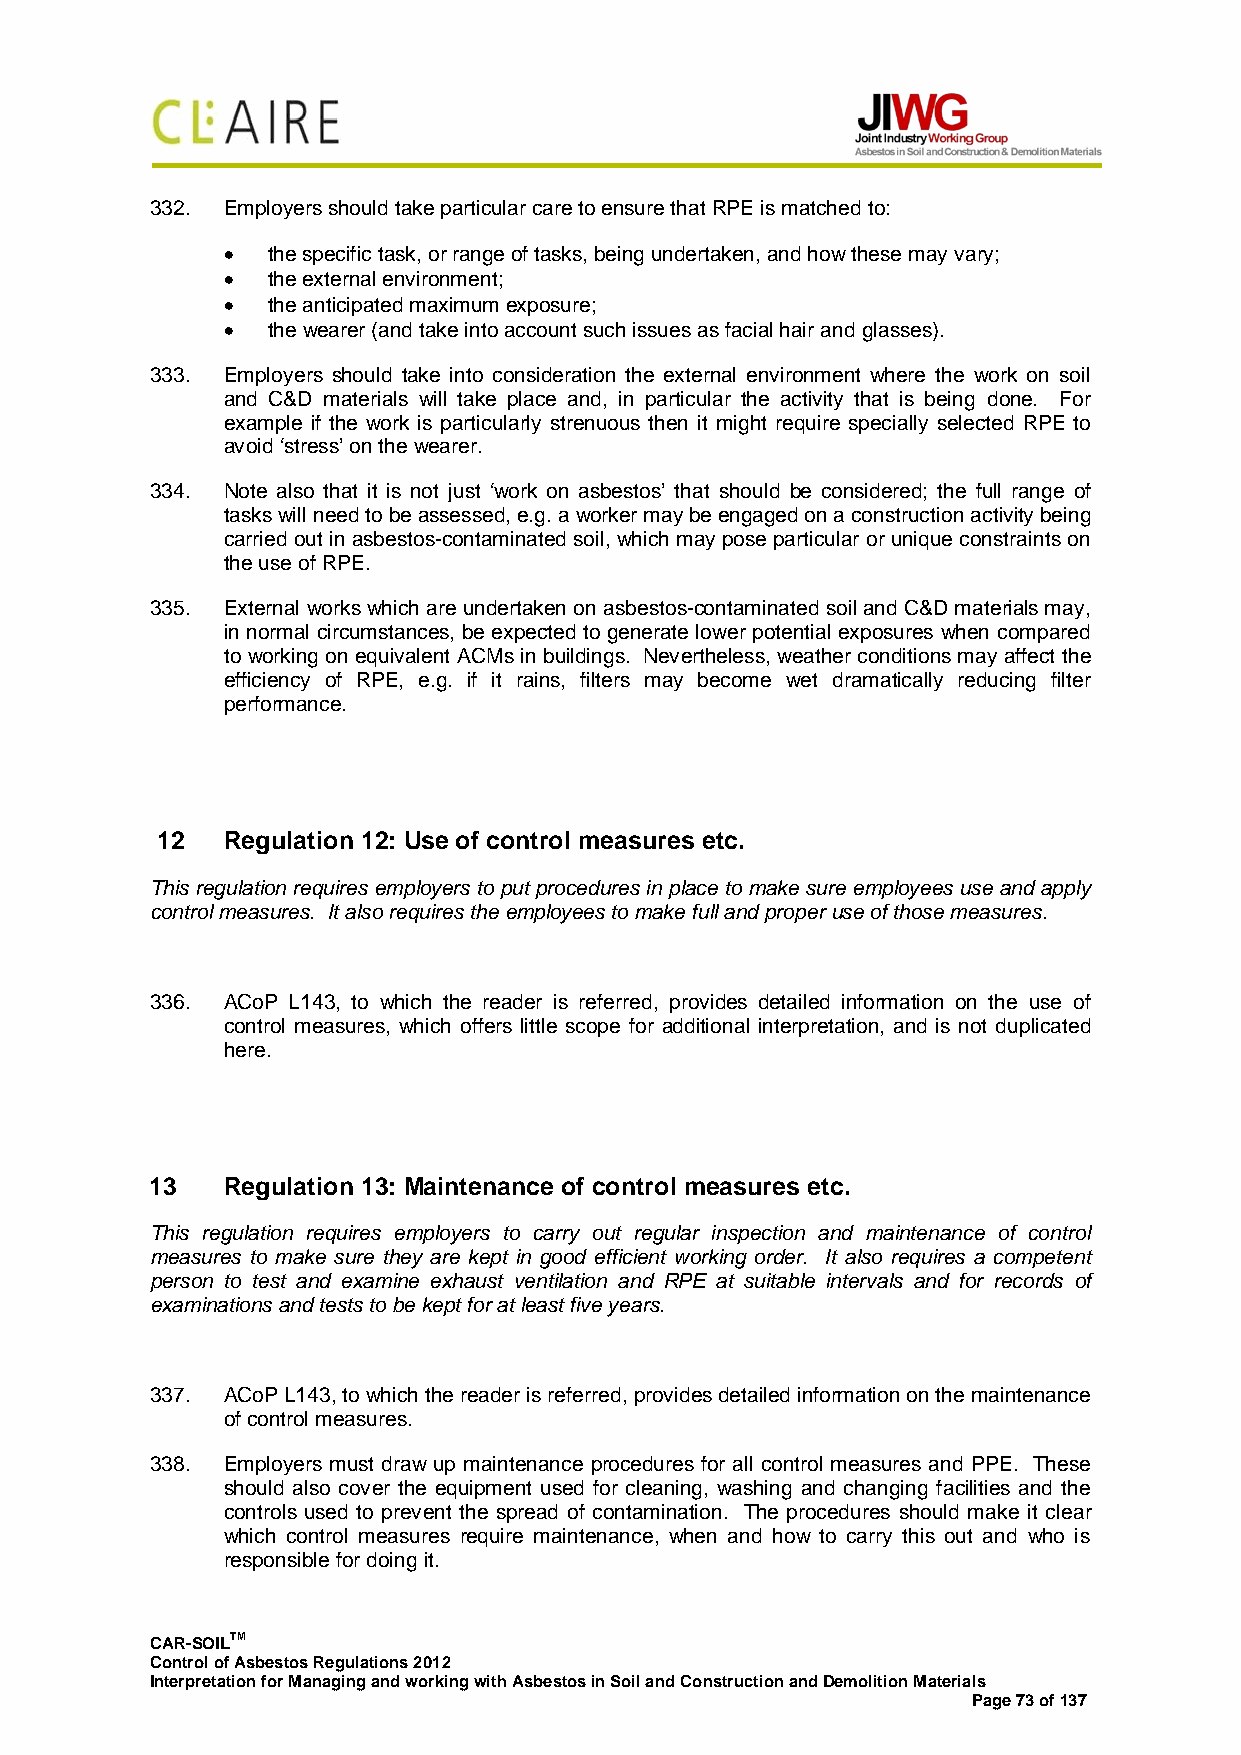
332. Employers should take particular care to ensure that RPE is matched to:
 •  the specific task, or range of tasks, being undertaken, and how these may vary;
 •  the external environment;
 •  the anticipated maximum exposure;
 •  the wearer (and take into account such issues as facial hair and glasses).
 333. Employers should take into consideration the external environment where the work on soil
 and C&D materials will take place and, in particular the activity that is being done. For
 example if the work is particularly strenuous then it might require specially selected RPE to
 avoid ‘stress’ on the wearer.
 334. Note also that it is not just ‘work on asbestos’ that should be considered; the full range of
 tasks will need to be assessed, e.g. a worker may be engaged on a construction activity being
 carried out in asbestos-contaminated soil, which may pose particular or unique constraints on
 the use of RPE.
 335. External works which are undertaken on asbestos-contaminated soil and C&D materials may,
 in normal circumstances, be expected to generate lower potential exposures when compared
 to working on equivalent ACMs in buildings. Nevertheless, weather conditions may affect the
 efficiency of RPE, e.g. if it rains, filters may become wet dramatically reducing filter
 performance.
 12   Regulation 12: Use of control measures etc.
 This regulation requires employers to put procedures in place to make sure employees use and apply
 control measures. It also requires the employees to make full and proper use of those measures.
 336. ACoP L143, to which the reader is referred, provides detailed information on the use of
 control measures, which offers little scope for additional interpretation, and is not duplicated
 here.
 13   Regulation 13: Maintenance of control measures etc.
 This regulation requires employers to carry out regular inspection and maintenance of control
 measures to make sure they are kept in good efficient working order. It also requires a competent
 person to test and examine exhaust ventilation and RPE at suitable intervals and for records of
 examinations and tests to be kept for at least five years.
 337. ACoP L143, to which the reader is referred, provides detailed information on the maintenance
 of control measures.
 338. Employers must draw up maintenance procedures for all control measures and PPE. These
 should also cover the equipment used for cleaning, washing and changing facilities and the
 controls used to prevent the spread of contamination. The procedures should make it clear
 which control measures require maintenance, when and how to carry this out and who is
 responsible for doing it.
 CAR-SOILTM
 Control of Asbestos Regulations 2012
 Interpretation for Managing and working with Asbestos in Soil and Construction and Demolition Materials
 Page 73 of 137